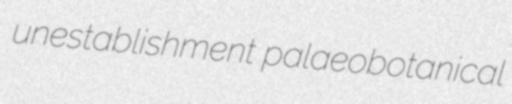
unestablishment palaeobotanical